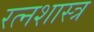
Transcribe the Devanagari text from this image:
रत्नशास्त्र